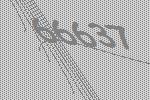
66637